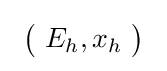
\ {\bigl (}\ E_{h},x_{h}\ {\bigr )}\